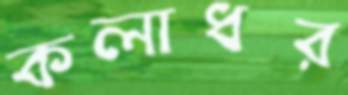
কলাধর